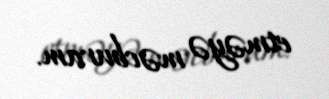
etməyə məcburam.